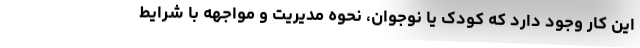
این کار وجود دارد که کودک یا نوجوان، نحوه مدیریت و مواجهه با شرایط